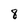
Character: 8